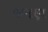
જમણ